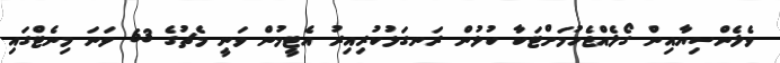
ވެލެންސިޔާއިން ގޯލެއްޖެހުމަށްޓަކާ ކުޅުން ރަނގަޅުކުރިއިރު އެޓީމުން ވަނީ މެޗުގެ 63 ވަނަ މިނެޓްގައި